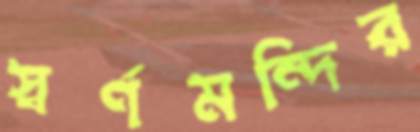
স্বর্ণমন্দির